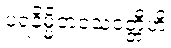
ပရနိမ္မိတဝသဝတ္တီဟိ